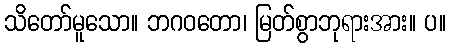
သိတော်မူသော။ ဘဂဝတော၊ မြတ်စွာဘုရားအား။ ပ။